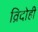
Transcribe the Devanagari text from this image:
व्रिदोही